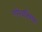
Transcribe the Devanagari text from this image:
एगेवासिया